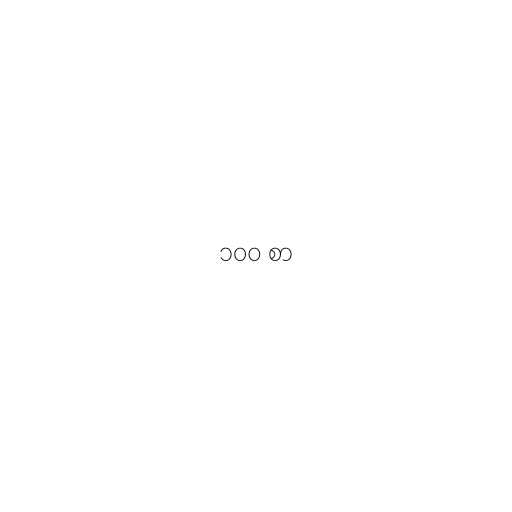
၁၀၀ စာ